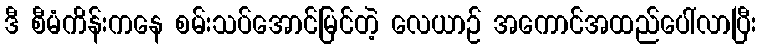
ဒီ စီမံကိန်းကနေ စမ်းသပ်အောင်မြင်တဲ့ လေယာဉ် အကောင်အထည်ပေါ်လာပြီး